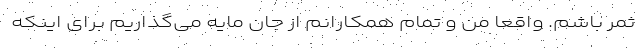
ثمر باشم. واقعاً من و تمام همکارانم از جان مایه می‌گذاریم برای اینکه